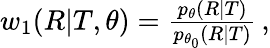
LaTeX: \begin{array}{r}{w_{1}(R|T,\theta)=\frac{p_{\theta}(R|T)}{p_{\theta_{0}}(R|T)}\, ,}\end{array}